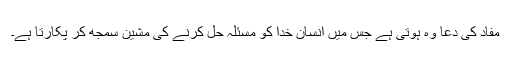
مفاد کی دعا وہ ہوتی ہے جس میں انسان خدا کو مسئلہ حل کرنے کی مشین سمجھ کر پکارتا ہے۔